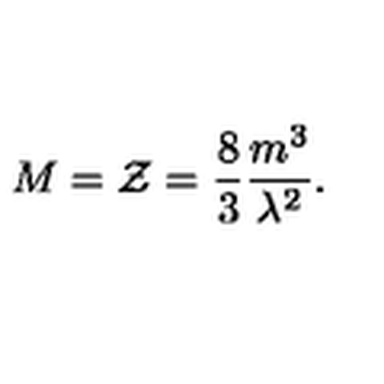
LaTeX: M = { \cal Z } = \frac { 8 } { 3 } \frac { m ^ { 3 } } { \lambda ^ { 2 } } .